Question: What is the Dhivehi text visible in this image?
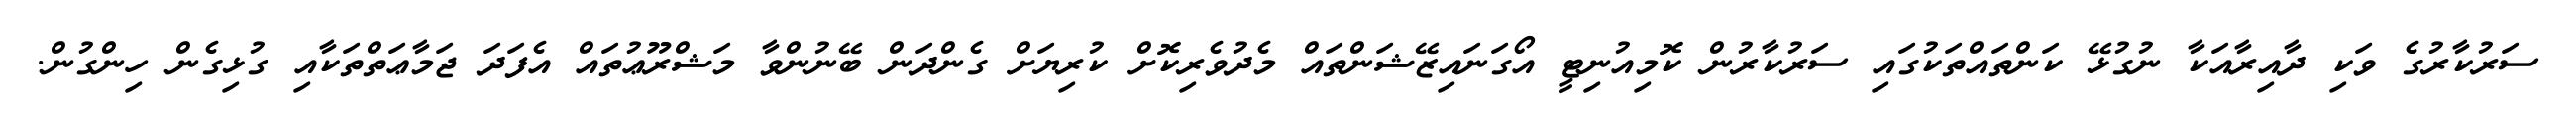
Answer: ސަރުކާރުގެ ވަކި ދާއިރާއަކާ ނުގުޅޭ ކަންތައްތަކުގައި ސަރުކާރުން ކޮމިއުނިޓީ އޯގަނައިޒޭޝަންތައް މެދުވެރިކޮށް ކުރިޔަށް ގެންދަން ބޭނުންވާ މަޝްރޫޢުތައް އެފަދަ ޖަމާޢަތްތަކާއި ގުޅިގެން ހިންގުން.